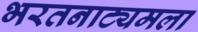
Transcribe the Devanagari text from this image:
भरतनाट्यमला